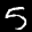
Label: 5